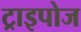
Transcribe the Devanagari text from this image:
ट्राइपोज